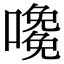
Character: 𡁅